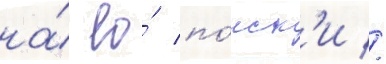
на́ ео́ по́иск'и //